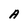
Character: A